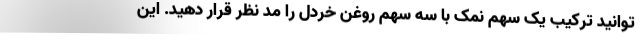
توانید ترکیب یک سهم نمک با سه سهم روغن خردل را مد نظر قرار دهید. این